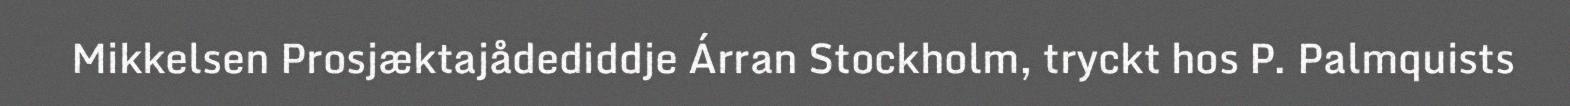
Mikkelsen Prosjæktajådediddje Árran Stockholm, tryckt hos P. Palmquists